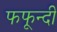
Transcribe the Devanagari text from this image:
फफून्दी